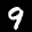
Label: 9